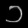
Digit: ၁